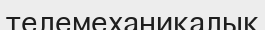
телемеханикалық